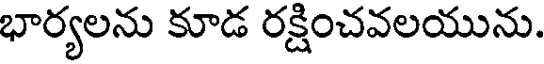
భార్యలను కూడ రక్షించవలయును.